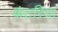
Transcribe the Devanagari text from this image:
कंटरिया